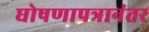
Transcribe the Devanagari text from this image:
घोषणापत्रानंतर